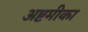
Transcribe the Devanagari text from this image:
अष्टमीका